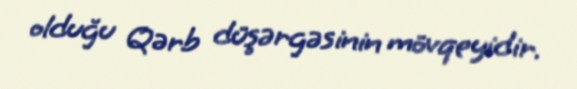
olduğu Qərb düşərgəsinin mövqeyidir.